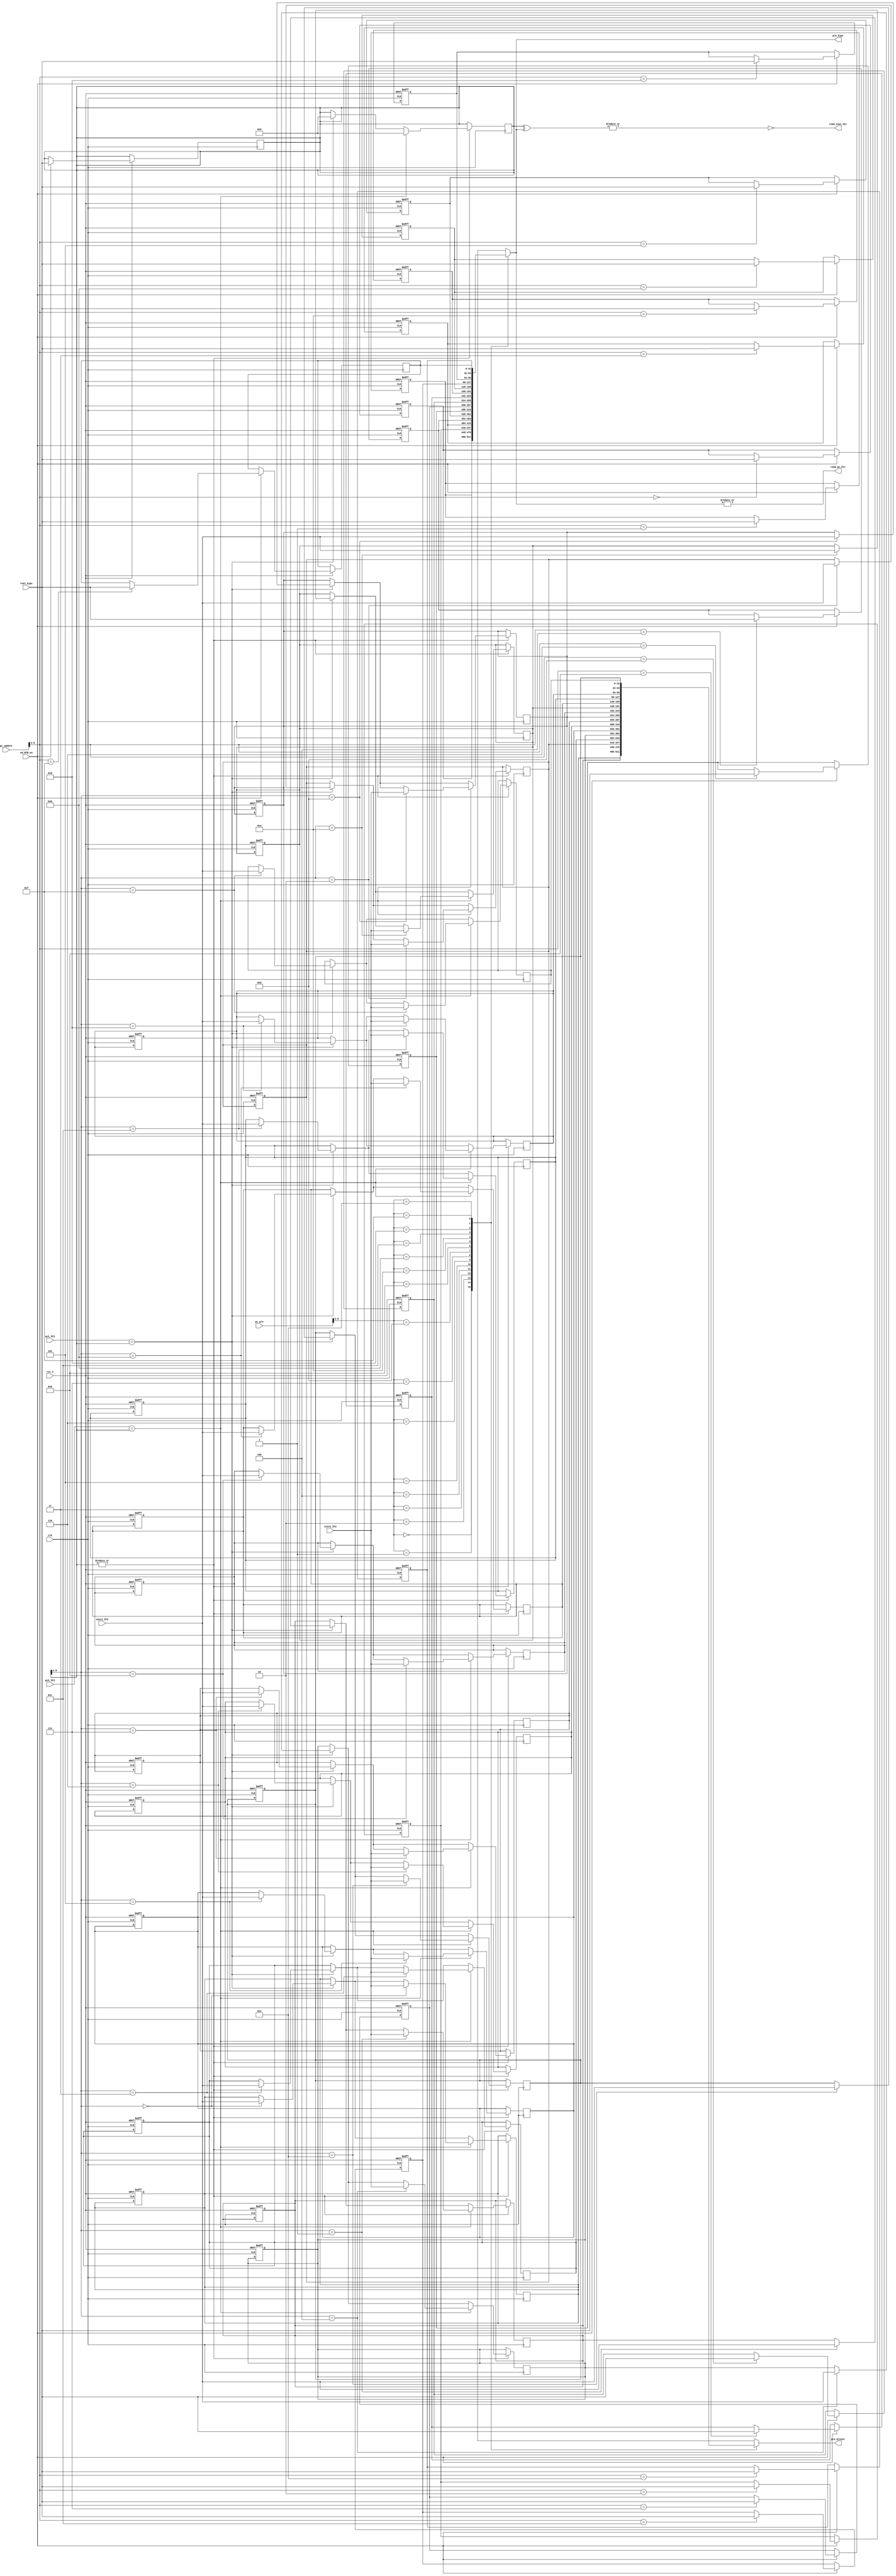
module branch_target_buffer (clk,rst_n,ud_BTB_en,pc_pre,pre_bjpc,pre_bjinst,pc_update,read_pc_hit,read_inst_hit,real_bjpc,pc1_IF2,pc2_IF2,inst1_IF2,inst2_IF2);
    input clk,rst_n,ud_BTB_en;
    input [31:0] pc_pre,pc_update,real_bjpc;
    input [31:0] pc1_IF2,pc2_IF2,inst1_IF2,inst2_IF2;
    output [31:0] pre_bjpc;
    output [31:0] pre_bjinst;
    output read_pc_hit,read_inst_hit;

    reg [31:0] pre_bjpc_reg [0:15];         //the jump target of branch insts
    reg [31:0] pre_bjinst_reg [0:15];       //the inst at branch insts
    reg [31:0] real_bjpc_store;         //store the bjpc to update

    integer i;
    always @ (posedge clk or negedge rst_n) begin
        if (!rst_n) begin
            for(i=0;i<15;i=i+1) begin
                pre_bjpc_reg[i]<=32'h0000_0000;
                pre_bjinst_reg[i]<=32'h0000_0000;

            end
        end
        else if (ud_BTB_en)   begin
            real_bjpc_store<=real_bjpc;
            pre_bjpc_reg[pc_update[5:2]]<=real_bjpc;
        end
    end
    

    always @ (posedge clk)  begin
        if (|real_bjpc_store)   begin
            if (pc1_IF2==real_bjpc_store)   begin
                pre_bjinst_reg[real_bjpc_store[5:2]]<=inst1_IF2;
                real_bjpc_store<=32'h0000_0000;
            end
            if (pc2_IF2==real_bjpc_store)   begin
                pre_bjinst_reg[real_bjpc_store[5:2]]<=inst2_IF2;
                real_bjpc_store<=32'h0000_0000;
            end
        end
    end

    assign pre_bjpc=pre_bjpc_reg[pc_pre[5:2]];
    assign pre_bjinst=pre_bjinst_reg[pc_pre[5:2]];
    assign read_pc_hit=|pre_bjpc;
    assign read_inst_hit=!(|(real_bjpc_store^pre_bjpc));
endmodule